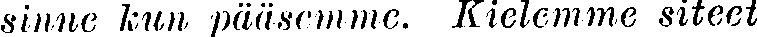
sinne kun pääsemme. Kielemme siteet